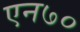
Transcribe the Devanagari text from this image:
एन७०